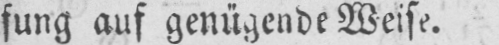
fung auf genügende Weise.